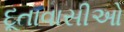
દૂતાવાસીઓ